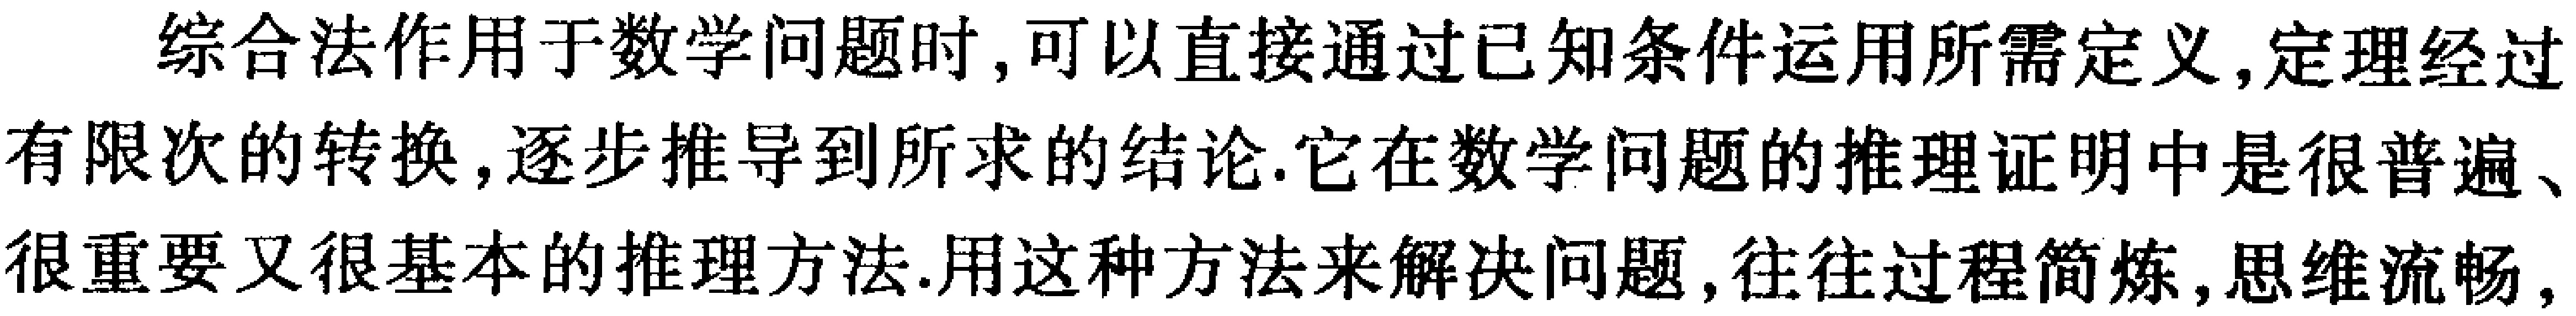
综合法作用于数学问题时,可以直接通过已知条件运用所需定义,定理经过有限次的转换,逐步推导到所求的结论.它在数学问题的推理证明中是很普遍、很重要又很基本的推理方法.用这种方法来解决问题,往往过程简炼,思维流畅,